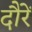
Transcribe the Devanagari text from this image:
दौरें